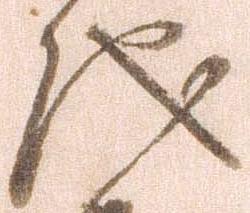
儀